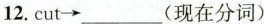
12.cut \rightarrow ___(现在分词)